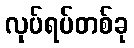
လုပ်ရပ်တစ်ခု